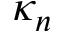
\kappa _ { n }